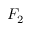
F _ { 2 }